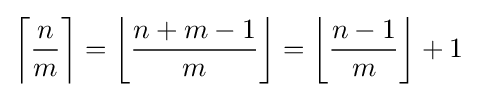
\left\lceil {\frac {n{\vphantom {1}}}{m}}\right\rceil =\left\lfloor {\frac {n+m-1}{m}}\right\rfloor =\left\lfloor {\frac {n-1}{m}}\right\rfloor +1